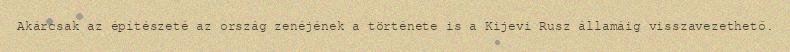
Akárcsak az építészeté az ország zenéjének a története is a Kijevi Rusz államáig visszavezethető.